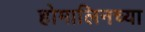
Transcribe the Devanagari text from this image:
होमालिनच्या